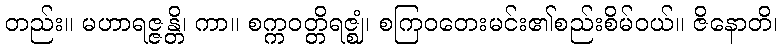
တည်း။ မဟာရဇ္ဇန္တိ၊ ကာ။ စက္ကဝတ္တိရဇ္ဈံ၊ စကြဝတေးမင်း၏စည်းစိမ်ဝယ်။ ဇိနောတိ၊